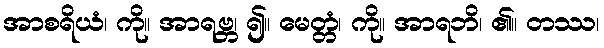
အာစရိယံ၊ ကို။ အာရဗ္ဘ၊ ၍။ မေတ္တံ၊ ကို။ အာရဘိ၊ ၏။ တဿ၊